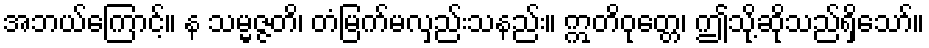
အဘယ်ကြောင့်။ န သမ္မဇ္ဇတိ၊ တံမြက်မလှည်းသနည်း။ ဣတိဝုတ္တေ၊ ဤသို့ဆိုသည်ရှိသော်။